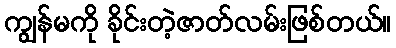
ကျွန်မကို ခိုင်းတဲ့ဇာတ်လမ်းဖြစ်တယ်။